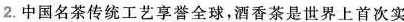
2.中国名茶传统工艺享誉全球，酒香茶是世界上首次实